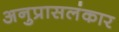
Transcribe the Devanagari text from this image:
अनुप्रासलंकार